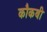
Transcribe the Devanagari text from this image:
कौकबी